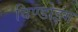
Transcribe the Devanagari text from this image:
विण्डोइंग